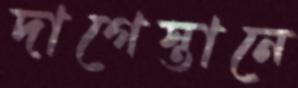
দাগেস্তানে